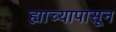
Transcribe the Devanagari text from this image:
ह्याच्यापासून